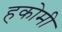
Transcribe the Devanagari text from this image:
हकोमी